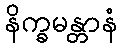
နိက္ခမန္တာနံ